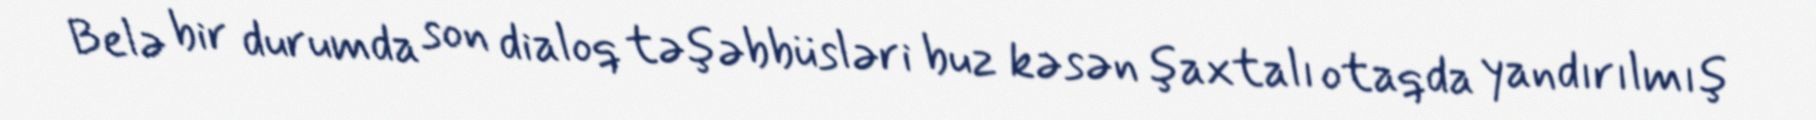
Belə bir durumda son dialoq təşəbbüsləri buz kəsən şaxtalı otaqda yandırılmış